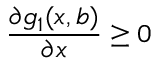
\frac { \partial g _ { 1 } ( x , b ) } { \partial x } \geq 0